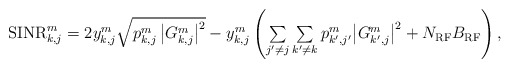
\begin{align*}\begin{array}{l}{\rm SINR}_{k,j}^m= 2y_{k,j}^m \sqrt{{p_{k,j}^m \left|G_{k,j}^m\right|^2}} -y_{k,j}^m \left({{\sum\limits_{j'\ne j} \sum\limits_{k'\ne {{k}}} {p_{k',j'}^{{m}} {{{ \left|G_{k',j}^m\right|^2 }} } } } + N_{\rm RF}B_{\rm RF} } \right),\end{array}\end{align*}